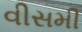
વીસમી